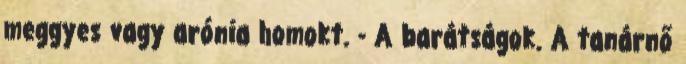
meggyes vagy arónia homokt. - A barátságok. A tanárnő